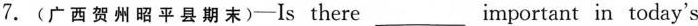
7.(广西贺州昭平县期末)-Is there ___ important in today's